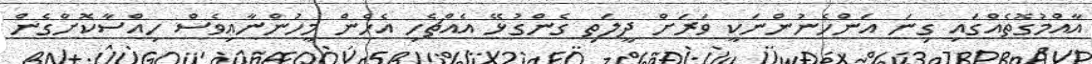
އާއްމުގޮތެއްގައި ގިނަ އަންހެނުންނަކީ ވަރަށް ދީލަތި ގެންގުޅޭ އެއްޗެހި އެހެން މީހުންނާއިވެސް ހިއްސާކޮށްގެން